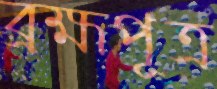
ব্রহ্মপূত্র